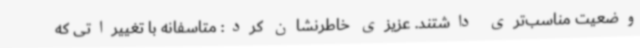
وضعیت مناسب‌تری داشتند. عزیزی خاطرنشان کرد: متاسفانه با تغییراتی که